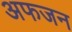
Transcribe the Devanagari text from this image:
अफजन